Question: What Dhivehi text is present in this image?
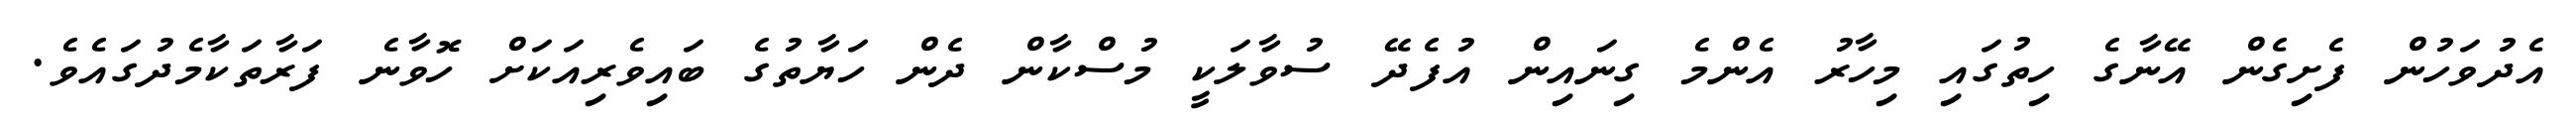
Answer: އެދުވަހުން ފެށިގެން އޭނާގެ ހިތުގައި މިހާރު އެންމެ ގިނައިން އުފެދޭ ސުވާލަކީ މުސްކާން ދެން ހަޔާތުގެ ބައިވެރިއަކަށް ހޮވާނެ ފަރާތަކާމެދުގައެވެ.